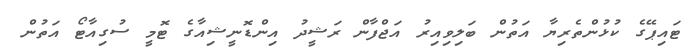
ޓައިޕޭގެ ކުޅުންތެރިޔާ އަތުން ބަލިވިއިރު އަޖްފާން ރަޝީދު އިންޑޮނީޝިއާގެ ޓޮމީ ސުގިއާޓޯ އަތުން